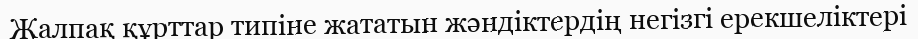
Жалпақ құрттар типіне жататын жәндіктердің негізгі ерекшеліктері